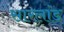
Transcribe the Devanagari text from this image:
सारलांड